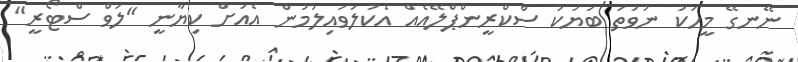
ނޭނގޭ މީހަކު ނުވަތަ ބަޔަކު ސްކްރީންޕްލޭއެއް އެކުލަވައިލުމުން އެއަށް ކިޔާނީ "ލަވް ސްޓޯރީ"